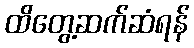
ထိတွေ့ဆက်ဆံရန်